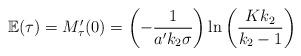
LaTeX: \begin{align*}\mathbb{E}(\tau)=M_{\tau}'(0)=\left(-\frac{1}{a'k_2\sigma}\right)\ln \left(\frac{Kk_2}{k_2-1}\right)\end{align*}